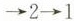
\rightarrow 2\rightarrow 1